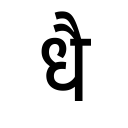
OCR:
धै